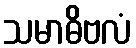
သမာဓိဗလံ